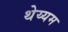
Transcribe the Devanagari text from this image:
थेय्यम